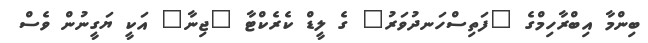
ބިންމާ އިބްރާހިމްގެ "ފަތިސްހަނދުވަރު" ގެ ލީޑް ކެރެކްޓާ "ޖިނާ" އަކީ ޔަގީނުން ވެސް